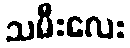
သမီးလေး